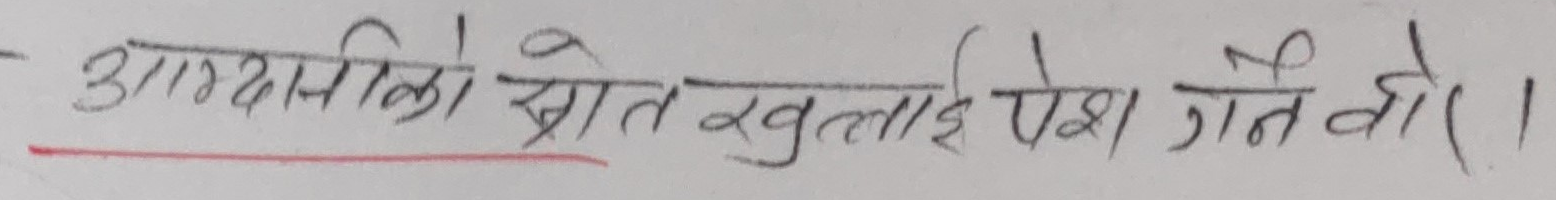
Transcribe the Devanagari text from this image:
आदर्शको स्रोत खुल्लाइ पेश गर्ने हो।